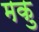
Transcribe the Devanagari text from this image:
मकु